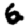
Digit: 6